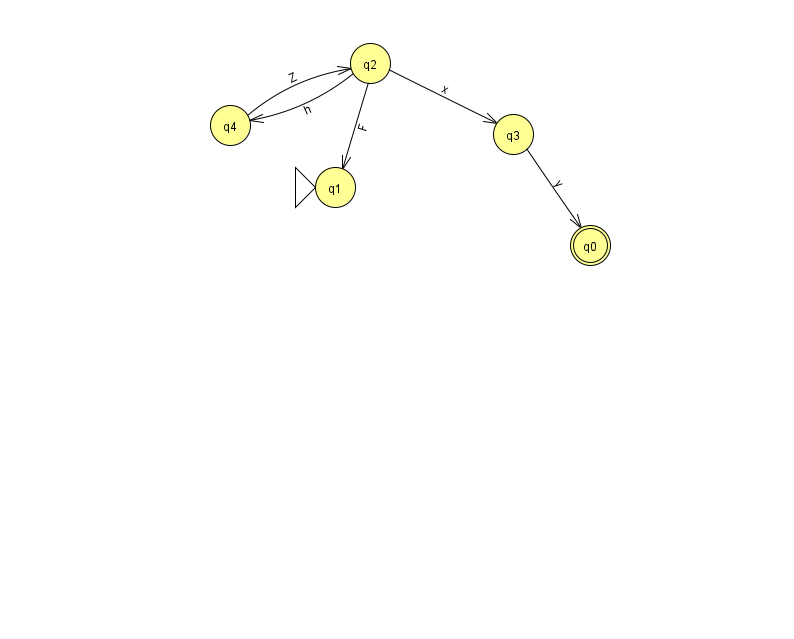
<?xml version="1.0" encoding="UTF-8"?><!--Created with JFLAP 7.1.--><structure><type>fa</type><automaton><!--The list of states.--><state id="0" name="q0"><x>590.0</x><y>232.0</y><final/></state><state id="1" name="q1"><x>335.0</x><y>174.0</y><initial/></state><state id="2" name="q2"><x>370.0</x><y>50.0</y></state><state id="3" name="q3"><x>513.0</x><y>121.0</y></state><state id="4" name="q4"><x>230.0</x><y>112.0</y></state><!--The list of transitions.--><transition><from>2</from><to>3</to><read>x</read></transition><transition><from>3</from><to>0</to><read>y</read></transition><transition><from>2</from><to>1</to><read>F</read></transition><transition><from>4</from><to>2</to><read>Z</read></transition><transition><from>2</from><to>4</to><read>h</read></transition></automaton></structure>